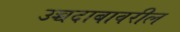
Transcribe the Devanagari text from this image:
उच्चदाबावरील